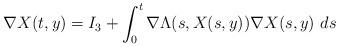
LaTeX: \begin{align*}\nabla X (t,y) = I_{3} + \int_{0}^{t} \nabla \Lambda(s,X(s,y)) \nabla X(s,y) \ ds\end{align*}